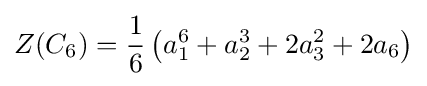
Z(C_{6})={\frac {1}{6}}\left(a_{1}^{6}+a_{2}^{3}+2a_{3}^{2}+2a_{6}\right)